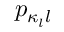
p _ { \kappa _ { l } l }